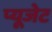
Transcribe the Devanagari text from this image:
प्यूजेट